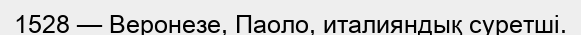
1528 — Веронезе, Паоло, италияндық суретші.